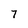
Character: 7